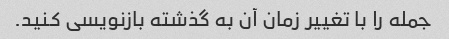
جمله را با تغییر زمان آن به گذشته بازنویسی کنید.